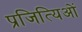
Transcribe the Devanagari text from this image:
प्रजित्यिओं